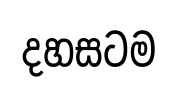
දහසටම